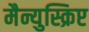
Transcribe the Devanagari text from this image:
मैन्युस्क्रिप्ट